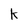
Character: k